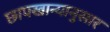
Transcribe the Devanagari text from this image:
छापखान्यानुसार